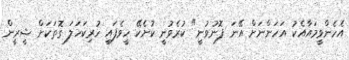
އެހެންވީމައާއެކު އަހަންނަށް އޭނަ ފޮނުވުނީ" ކުރެވުނީ ކުށެކޭ ހީވެފައި ހުރިކަހަލަ ގޮތަކަށް ޝީރީން